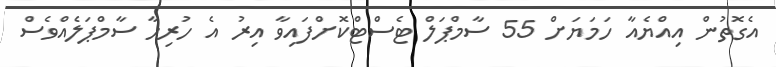
އެގޮތުން އިއްޔެއާ ހަމަޔަށް 55 ސާމްޕަލް ޓެސްޓްކޮށްފައިވާ އިރު އެ ހުރިހާ ސާމްޕަލެއްވެސް